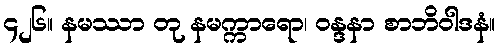
၄၂၆။ နမဿာ တု နမက္ကာရော၊ ဝန္ဒနာ စာဘိဝါဒနံ။